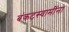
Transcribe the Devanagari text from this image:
बंकटस्वामींना